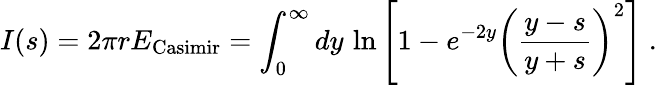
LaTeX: I(s)=2\pi rE_{\mathrm{Casimir}}=\int_{0}^{\infty}dy\, \ln\left[1-e^{-2y}\left({\frac{y-s}{y+s}}\right)^{2}\right]\ .